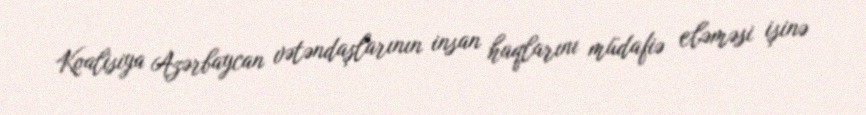
Koalisiya Azərbaycan vətəndaşlarının insan haqlarını müdafiə eləməsi işinə